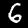
Label: 6